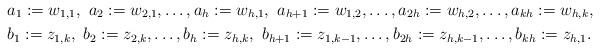
LaTeX: \begin{align*}& a_1:=w_{1,1}, \ a_2:=w_{2,1}, \ldots, a_h:=w_{h,1}, \ a_{h+1}:=w_{1,2}, \ldots, a_{2h}:=w_{h,2}, \ldots, a_{kh}:=w_{h,k},\\ & b_1:=z_{1,k}, \ b_2:=z_{2,k}, \ldots, b_h:=z_{h,k}, \ b_{h+1}:=z_{1,k-1}, \ldots, b_{2h}:=z_{h,k-1}, \ldots, b_{kh}:=z_{h,1}.\end{align*}